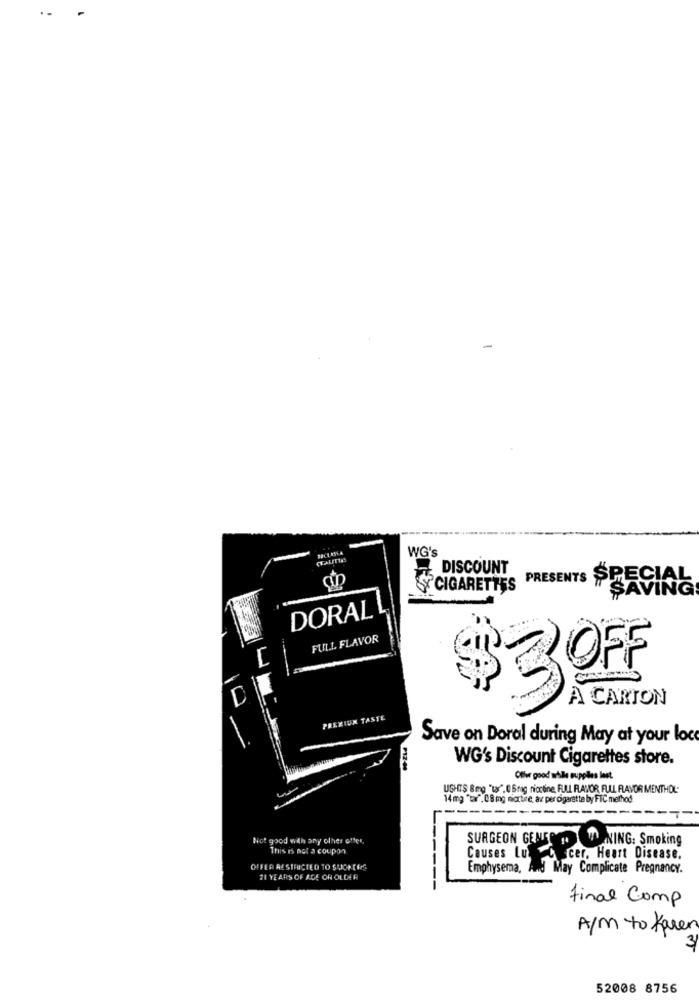
WG's
DISCOUNT
PRESENTS
STCIGARETTES
SAVING
DORAL
FULL FLAVOR
$ 3OF
A CARTON
PREZIUK TASTE
Save on Doral during May at your loc
WG's Discount Cigarettes store.
PIZ 49
Offer good while supplies last.
USHTS &mg "tar".0 Brag nicotine, FULL RAHOR FULL FLAVOR MENTHOL.
14 mg "tar", 08 mg miortire, av per cigarette by FIC method
---
-------
Not good with any other offer,
SURGEON GENER , WONING: Smoking
This is not a coupon
Causes Lut C cer, Heart Disease.
OFFER RESTRICTED TO SUCK ERS
Emphysema, And May Complicate Pregnancy.
#1 YEARS OF AGE OH OLDER
final Comp
A/m to Karen
52008 8756